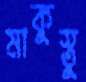
মাকুস্তু